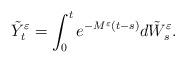
LaTeX: \begin{align*}\tilde Y^\varepsilon_t = \int_0^t e^{-M^\varepsilon (t-s)} d\tilde W^\varepsilon_s.\end{align*}